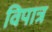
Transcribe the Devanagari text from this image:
विपात्र